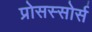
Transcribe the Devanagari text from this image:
प्रोसस्सोर्स